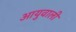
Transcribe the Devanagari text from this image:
आयुवाली